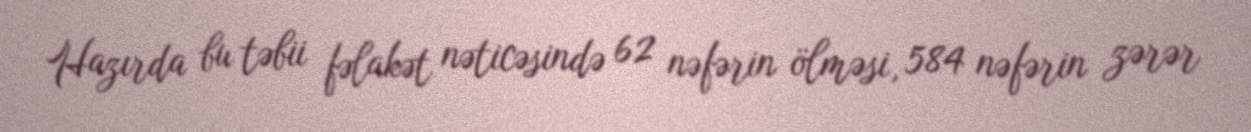
Hazırda bu təbii fəlakət nəticəsində 62 nəfərin ölməsi, 584 nəfərin zərər